Annual statistical returns and brief notes on vaccination in Bengal - 1909-1929
Year: 1909
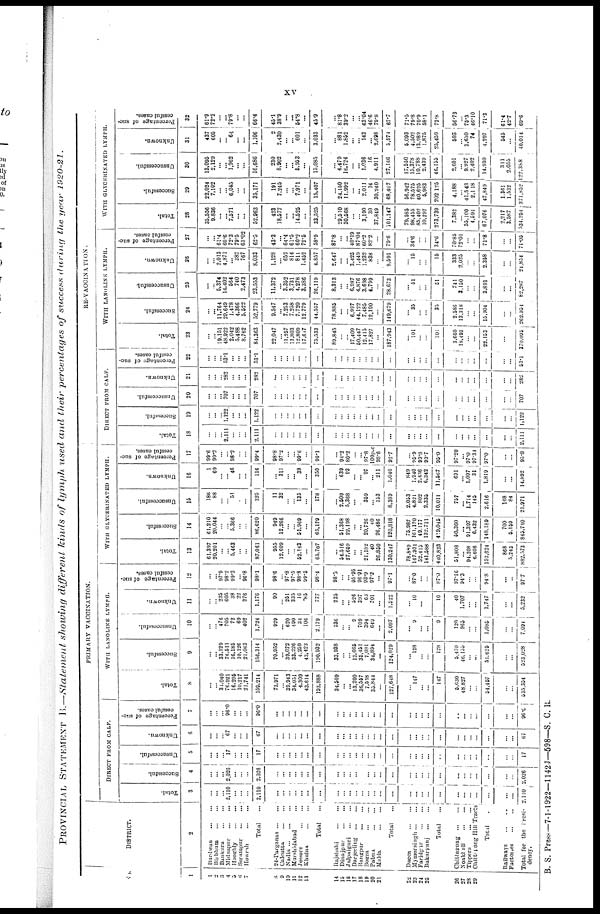
xv
PROVINCIAL STATEMENT B.—Statement showing different kinds of lymph used and their percentages of success during the year 1920-21.
No.
1
1
2 3 4
5
6
7
8
9
10
11
12
13
14
15
16
17
18
19
20
21
22
23
24
25
26
27
28
29
DISTRICT.
2
Burdwan
...
...
Birbhum
...
...
Bankura
...
...
Midnapur
...
...
Hooghly
...
...
Serampur
...
...
Howrah
...
...
Total ...
24-Parganas ... ...
Calcutta
...
...
Nadin
...
...
...
Murshidabad ...
Jessore
...
...
Khulna
...
...
Total ...
Rajshahi
...
...
Dinajpur
...
...
Jalpaiguri
...
...
Darjeeling
...
...
Rangpur
...
...
Bogra
...
...
Pabna
...
...
Malda
...
...
Total ...
Dacca
...
...
Mymensingh
...
...
Faridpur
...
...
Bakarganj
...
...
Total ...
Chittagong
...
...
Noakhali
...
...
Tippera
...
...
Chittagong Hill Tracts
Total ...
Railways
...
...
Factories ... ...
Total for the Presi-
dency.
PRIMARY VACCINATION.
DIRECT FROM CALF.
Total.
3
...
...
... 2,110
...
...
...
2,110
...
...
...
... ...
...
...
...
...
...
...
...
...
...
...
...
...
...
...
...
...
...
...
...
...
...
...
...
2,110
Successful.
4
...
...
... 2,026
...
...
...
2,026
...
...
...
...
...
...
...
...
...
...
...
...
...
...
...
...
...
...
...
...
...
...
...
...
...
...
...
...
2,026
Unsuccessful.
5
...
...
...
17
...
... ...
17
...
...
...
...
...
...
...
...
...
...
...
...
...
...
...
...
...
...
...
...
...
...
...
...
...
...
...
...
17
Unknown.
6
...
... ... 67
...
...
...
67
...
...
...
...
...
...
...
...
...
...
...
...
...
...
...
...
...
...
...
...
...
...
...
...
...
...
...
...
67
Percentage of suc-
cessful cases.
7
...
... ... 96.0
...
...
...
96.0
...
...
...
...
... ...
...
...
...
...
...
...
...
...
...
...
...
...
... ...
...
...
...
...
...
...
...
...
96.0
WITH LANOLINE LYMPH.
Total.
8
...
... 34,040
76,921
16,295
10,217
21,741
159,214
71,971
... 39,943
34,051
4,309
43,614
193,888
34,509
... ...
13,200
36,557
7,538
35,844
...
127,648
...
147
...
...
147
5,630
48,827
...
...
54,457
...
...
535,354
Successful.
9
...
... 33,329
76,511
16,185
10,126
21,063
156,314
70,952
... 39,072
33,226
4,259
43,423
190,932
33,938
...
... 12,665
35,451
7,081
34,894
...
124,029
...
128
...
...
128
5,470
46,155
... ...
51,625
...
...
523,028
Unsuccessful.
10
...
... 476
705
72
69
402
1,724
929
... 620
490
34
106
2,179
336
...
... 9
709
394
649
...
2,097
...
9
... ...
9
120
965
...
...
1,085
...
...
7,094
Unknown.
11
...
... 235
605
38
22
276
1,176
90
... 251
335
16
85
777
235
...
... 526
397
63
301
...
1,522
...
10
...
...
10
40
1,707
...
...
1,747
...
...
5,232
Percentage of suc-
cessful cases.
12
...
... 97.9
98.2
99.3
...
96.8
98.1
98.6
... 97.8
97.5
98.8
99.5
98.4
98.3
... ...
95.95
96.91
93.9
97.3
...
97.1
...
87.0
...
...
87.0
97.16
94.3
...
...
94.8
...
...
97.7
WITH GLYCERINATED LYMPH.
Total.
13
61,397
20,201
... ...
5,463
...
...
87,061
955
12,609
...
... 52,143
...
65,707
...
54,516
27,659
...
... 21,182
40
26,850
130,247
78,889
167,931
52,415
141,588
440,823
51,808
... 94,208
6,608
152,624
868
5,243
882,573
Successful.
14
61,210
20,044
... ... 5,366
...
...
86,620
949
12,266
...
... 51,969
...
65,179
...
51,368
22,198
...
... 20,726
40
26,486
120,818
75,987
161,170
49,177
132,711
419,045
50,360
...
91,397
6,432
148,189
700
5,159
845,710
Unsuccessful.
15
186
88
...
... 51
...
...
325
11
32
...
... 135
...
178
...
2,509
5,368
... ... 359
... 153
8,389
2,053
4,821
802
2,335
10,011
757
...
1,714
145
2,616
168
84
21,971
Unknown.
16
1
69
... ... 46
...
...
116
...
311
...
... 39
...
350
...
639
93
... ... 97
...
211
1,040
849
1,940
2,436
6,342
11,567
691
...
1,097
31
1,819
...
...
14,892
Percentage of suc-
cessful cases.
17
99.6
99.2
... ... 98.2
...
...
99.4
98.8
97.2
...
... 99.6
...
99.1
...
94.2
80.2
...
... 97.8
100p.c
98.6
92.7
...
95.9
93.8
93.7
95.0
97.20
... 97.0
97.34
97.0
...
...
95.8
DIRECT FROM CALF.
Total.
18
...
... ... 2,111
...
...
...
2,111
...
...
...
...
...
...
...
...
...
...
...
...
...
...
...
...
...
...
...
...
...
...
...
...
...
...
...
...
2,111
Successful.
19
...
... ... 1,122
...
...
...
1,122
...
...
...
...
...
...
...
...
...
...
...
...
...
...
...
...
...
... ...
...
...
...
...
...
...
...
...
...
1,122
Unsuccessful.
20
...
... ... 707
...
...
...
707
...
...
...
...
...
...
...
...
...
...
...
...
...
...
...
...
...
...
...
...
...
...
...
...
...
...
...
...
707
Unknown.
21
...
... ... 282
...
...
...
282
...
...
...
...
...
...
...
...
...
...
...
...
...
...
...
...
...
...
...
...
...
...
...
...
...
...
...
...
282
Percentage of suc-
cessful cases.
22
...
... ... 53.1
...
...
...
53.1
...
...
...
...
...
...
...
...
...
...
...
...
...
...
...
...
...
...
...
...
...
...
...
...
...
...
...
...
53.1
RE-VACCINATION.
WITH LANOLINE LYMPH.
Total.
23
...
... 19,151
48,922
2,042
5,488
8,762
84,363
22,047
... 11,257
11,803
12,809
17,617
75,533
89,845
...
... 17,409
50,447
12,415
17,827
...
187,943
...
101
...
...
101
3,660
18,493
...
...
22,153
...
...
370,095
Successful.
24
...
... 11,764
29,649
1,478
4,366
5,522
52,779
9,547
... 7,253
7,258
7,720
12,779
44,557
78,885
... ...
6,997
44,122
7,485
12,190
...
149,679
...
35
...
...
35
2,586
13,318
... ...
15,904
...
...
262,954
Unsuccessful.
25
...
... 5,374
14,402
564
740
2,473
23,553
11,372
...
3,352
3,731
4,278
3,386
26,119
8,313
...
... 6,987
4,876
3,698
4,799
...
28,673
...
51
...
...
51
741
3,150
...
...
3,891
...
...
82,287
Unknown.
26
...
... 2,013
4,871
... 382
767
8,033
1,128
... 652
814
811
1,452
4,857
2,647
...
...
3,425
1,449
1,232
838
...
9,591
...
15
...
...
15
333
2,025
...
...
2,358
...
...
24,854
Percentage of suc-
cessful cases.
27
...
... 61.4
60.6
72.3
79.5
63.02
62.5
43.3
...
64.4
61.5
60.2
72.5
58.9
87.8
...
... 40.19
87.04
60.2
82.2
...
79.6
...
34.6
... ...
34.6
70.85
72.01
...
...
71.8
...
...
71.05
WITH GLYCERINATED LYMPH.
Total.
28
35,556
9,836
... ...
7,571
...
...
52,963
423
18,577
...
...
14,525
...
33,525
...
29,510
30,568
...
... 3,190
30
37,849
101,147
79,585
98,455
85,402
10,297
273,739
7,382
... 55,100
4,594
67,076
2,217
3,587
534,254
Successful.
29
22,024
7,102
...
... 6,045
... ...
35,171
191
7,245
... ...
7,971
...
15,407
...
24,150
11,992
... ...
2,011
14
30,240
68,407
56,942
78,575
60,625
5,983
202,125
4,188
...
41,543
2,118
47,849
1,361
1,532
371,852
Unsuccessful.
30
13,095
2,129
...
...
1,962
...
...
16,686
230
8,902
...
...
5,953
...
15,085
...
4,479
16,724
... ...
1,036
16
4,911
27,166
17,550
15,378
10,788
2,439
46,155
2,601
...
9,927
2,402
14,930
311
2,055
122,388
Unknown.
31
437
605
...
...
64
... ...
1,106
2
2,430
...
... 601
...
3,033
...
881
1,852
...
... 143
...
2,698
5,574
5,093
4,502
13,989
1,875
25,459
593
... 3,630
74
4,297
545
...
40,014
Percentage of suc-
cessful cases.
32
61.9
72.2
...
...
79.8
...
...
66.4
45.1
38.9
...
...
54.8
...
45.9
...
81.8
39.2
...
...
63.04
46.6
79.8
67.7
71.5
79.8
70.9
58.1
73.8
56.73
... 75.3
46.10
71.3
61.4
42.7
69.6
B. S. Press—7-1-1922—1142J—598—S. C. R.